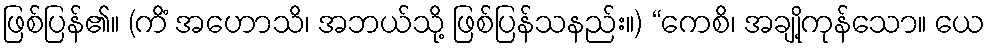
ဖြစ်ပြန်၏။ (ကိံ အဟောသိ၊ အဘယ်သို့ ဖြစ်ပြန်သနည်း။) “ကေစိ၊ အချို့ကုန်သော။ ယေ